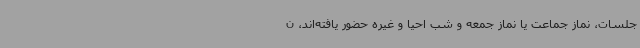
جلسات، نماز جماعت یا نماز جمعه و شب احیا و غیره حضور یافته‌اند، ن